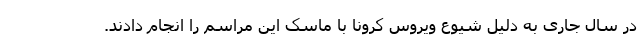
در سال جاری به دلیل شیوع ویروس کرونا با ماسک این مراسم را انجام دادند.